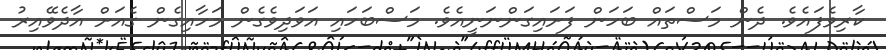
ކާރިވެފައެވެ. ދެން މަސްތައް ބަހަން ފަށައިގަންނަނީއެވެ. މަސްބަހައި އަވަދިވެގެން މަހާއިގެން ގެއަށް އާދެވޭއިރު